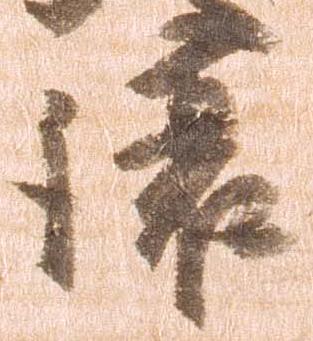
譲